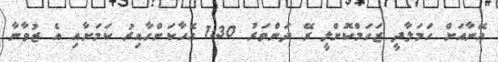
އޭނާއަށް ހަމަލާދީ ޒަހަމްކޮށްލީ ރޭ ދަންވަރު 1:30 އެހާކަންހާއިރު ކަމަށާއި އެ ޒުވާނާ